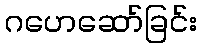
ဂဟေဆော်ခြင်း